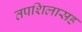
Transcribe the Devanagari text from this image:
तपशिलासह